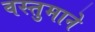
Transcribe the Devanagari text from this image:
वस्तुमाने